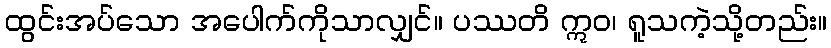
ထွင်းအပ်သော အပေါက်ကိုသာလျှင်။ ပဿတိ ဣဝ၊ ရူသကဲ့သို့တည်း။